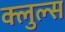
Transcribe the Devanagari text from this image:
क्लुल्स